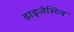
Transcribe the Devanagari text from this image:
डाइजेस्टिव